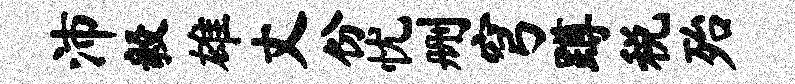
沛毅雄丈份忧删穹蹲税殆